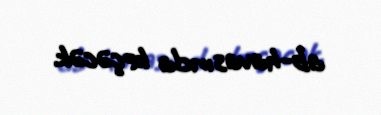
ab-havasında keçəcək.